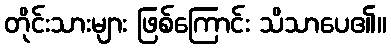
တိုင်းသားများ ဖြစ်ကြောင်း သိသာပေ၏။